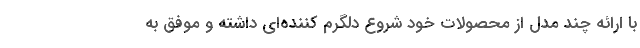
با ارائه چند مدل از محصولات خود شروع دلگرم کننده‌ای داشته و موفق به